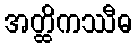
အတ္ထိကဿီဓ